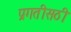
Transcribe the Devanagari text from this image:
प्रगतीसठी